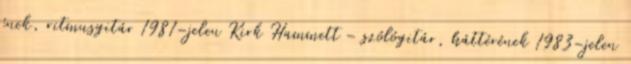
ének, ritmusgitár 1981–jelen Kirk Hammett – szólógitár, háttérének 1983–jelen